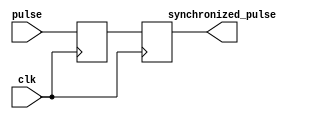
module pulse_synchronizer (
    input pulse,
    input clk,
    output reg synchronized_pulse
);

reg pulse_sync1, pulse_sync2;

always @(posedge clk) begin
    pulse_sync1 <= pulse;
    pulse_sync2 <= pulse_sync1;
end

assign synchronized_pulse = pulse_sync2;

endmodule